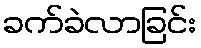
ခက်ခဲလာခြင်း